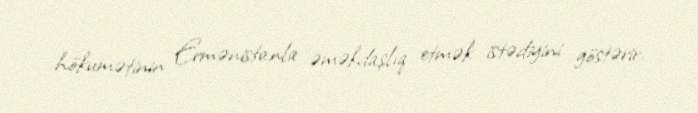
hökumətinin Ermənistanla əməkdaşlıq etmək istədiyini göstərir.